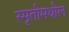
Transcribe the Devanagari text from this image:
स्मृतीमधील